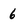
Character: 6